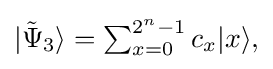
{\textstyle |{\tilde {\Psi }}_{3}\rangle =\sum _{x=0}^{2^{n}-1}c_{x}|x\rangle ,}